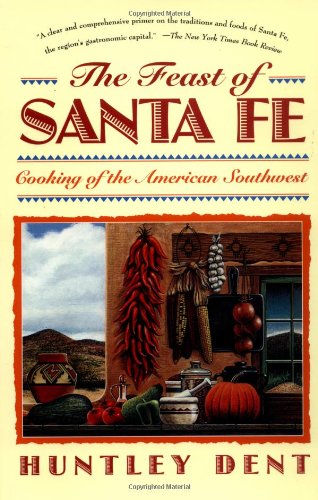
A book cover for The Feast of Santa Fe: Cooking of the American Southwest; Huntley Dent; Cookbooks, Food & Wine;